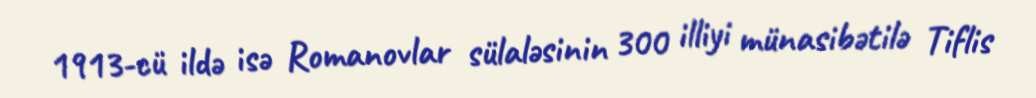
1913-cü ildə isə Romanovlar sülaləsinin 300 illiyi münasibətilə Tiflis